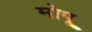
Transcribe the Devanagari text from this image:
मोपू